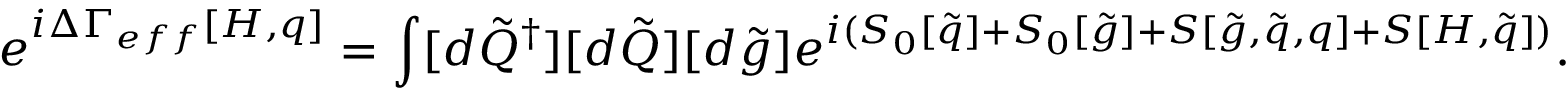
e ^ { i \Delta \Gamma _ { e f f } [ H , q ] } = \int [ d \tilde { Q } ^ { \dagger } ] [ d \tilde { Q } ] [ d \tilde { g } ] e ^ { i ( S _ { 0 } [ \tilde { q } ] + S _ { 0 } [ \tilde { g } ] + S [ \tilde { g } , \tilde { q } , q ] + S [ H , \tilde { q } ] ) } .